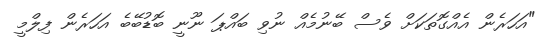
"އަހަރެން އެއްގޮތަކަށް ވެސް ބޭނުމެއް ނުވި ބައްޕަ ނޫނީ ބޮޑުބޭބެ އަހަރެން ފިލްމީ